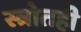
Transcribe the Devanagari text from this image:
स्त्रोतही